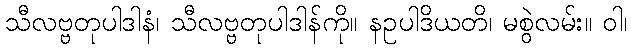
သီလဗ္ဗတုပါဒါနံ၊ သီလဗ္ဗတုပါဒါန်ကို။ နဥပါဒိယတိ၊ မစွဲလမ်း။ ဝါ၊